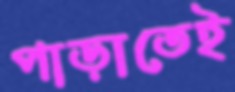
পাড়াতেই